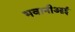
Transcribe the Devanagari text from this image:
भवानीआई